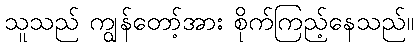
သူသည် ကျွန်တော့်အား စိုက်ကြည့်နေသည်။